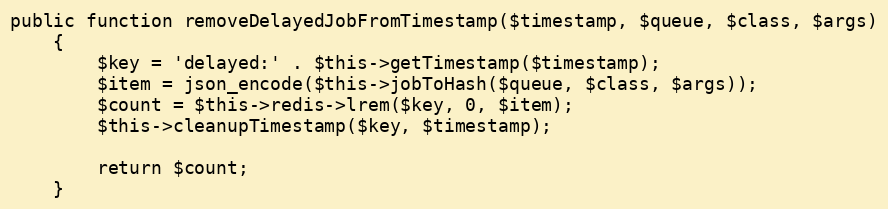
Language: PHP
public function removeDelayedJobFromTimestamp($timestamp, $queue, $class, $args)
    {
        $key = 'delayed:' . $this->getTimestamp($timestamp);
        $item = json_encode($this->jobToHash($queue, $class, $args));
        $count = $this->redis->lrem($key, 0, $item);
        $this->cleanupTimestamp($key, $timestamp);

        return $count;
    }